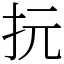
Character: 抏